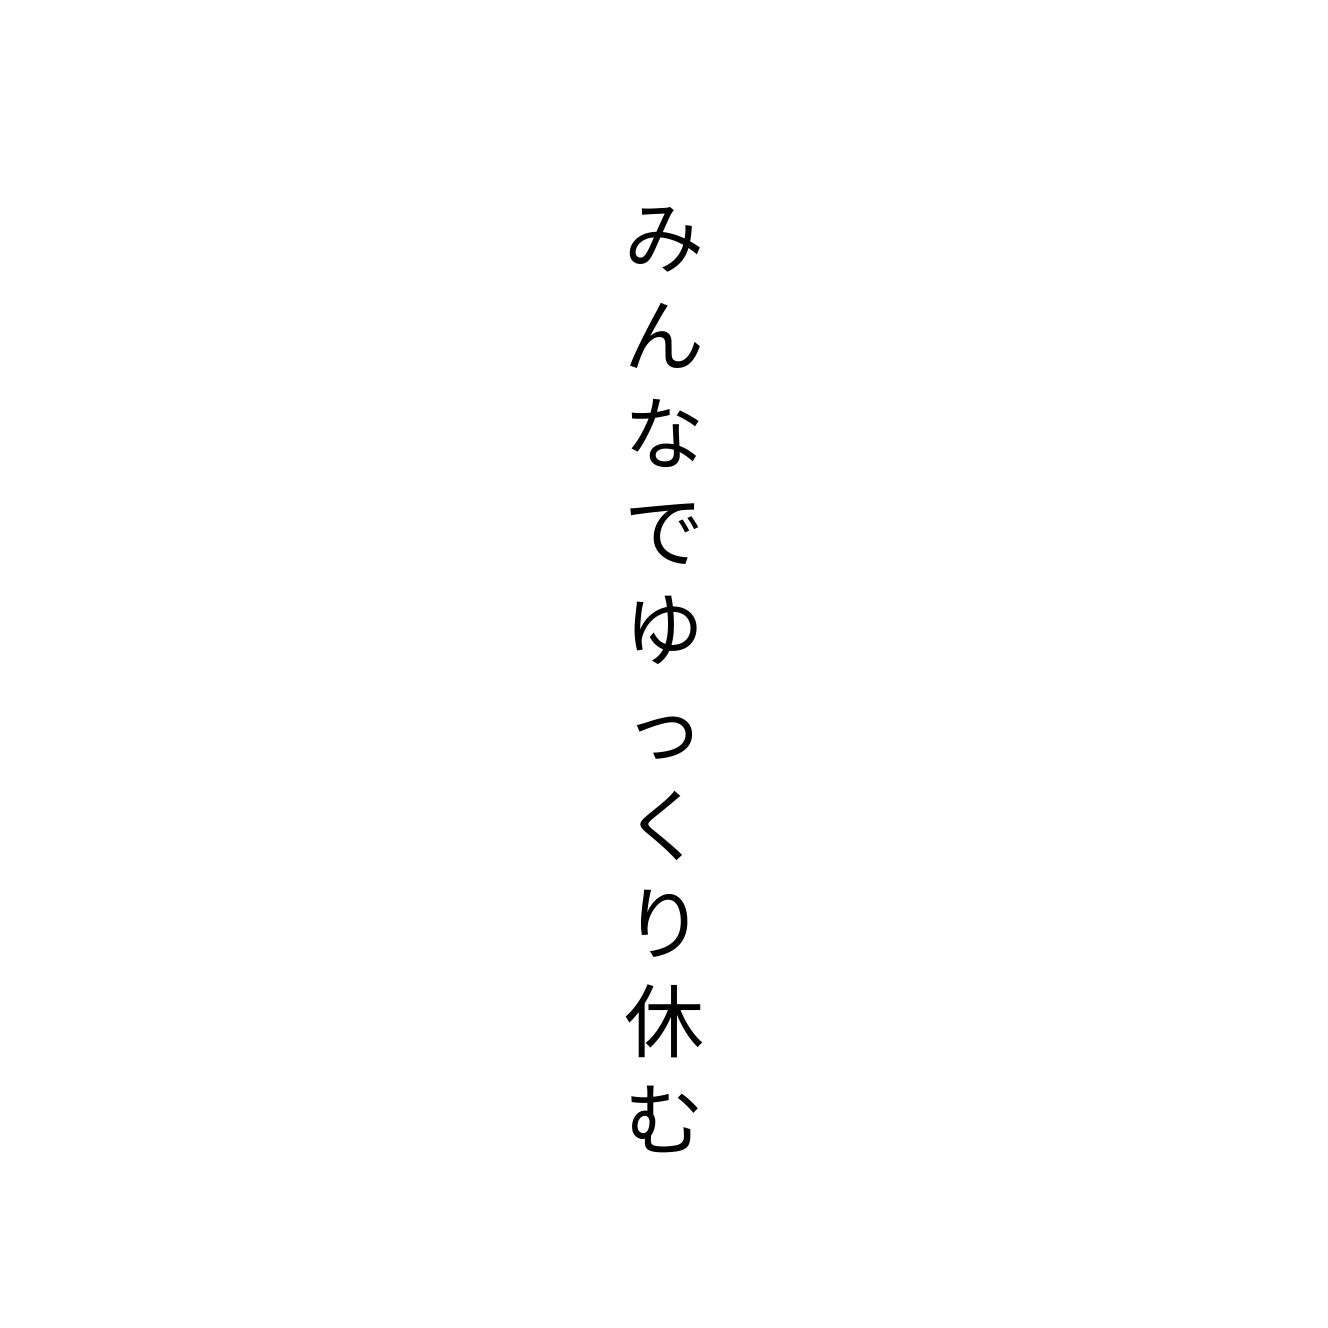
みんなでゆっくり休む